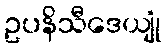
ဥပနိသီဒေယျုံ